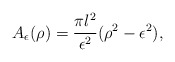
\begin{align*}A_\epsilon(\rho) = {\pi l^2\over\epsilon^2} (\rho^2 - \epsilon^2),\end{align*}